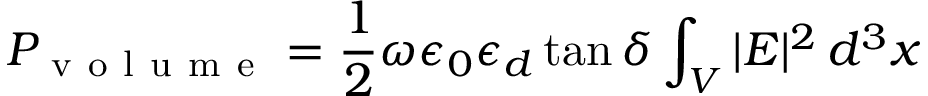
P _ { \mathrm { ~ v ~ o ~ l ~ u ~ m ~ e ~ } } = \frac { 1 } { 2 } \omega \epsilon _ { 0 } \epsilon _ { d } \tan { \delta } \int _ { V } | E | ^ { 2 } \, d ^ { 3 } x